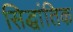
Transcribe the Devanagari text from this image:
सिद्धांतिक